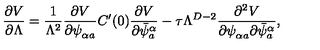
\frac { \partial V } { \partial \Lambda } = \frac { 1 } { \Lambda ^ { 2 } } \frac { \partial V } { \partial \psi _ { \alpha a } ^ { \phantom { a } } } C ^ { \prime } ( 0 ) \frac { \partial V } { \partial \bar { \psi } _ { a } ^ { \alpha } } - \tau \Lambda ^ { D - 2 } \frac { \partial ^ { 2 } V } { \partial \psi _ { \alpha a } ^ { \phantom { a } } \partial \bar { \psi } _ { a } ^ { \alpha } } ,